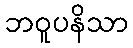
ဘဝူပနိသာ